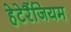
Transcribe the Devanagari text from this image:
हेटेरैंजियम